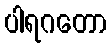
ပါရဂတော